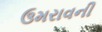
ઉમરાવની